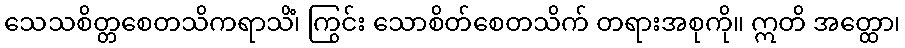
သေသစိတ္တစေတသိကရာသိံ၊ ကြွင်း သောစိတ်စေတသိက် တရားအစုကို။ ဣတိ အတ္ထော၊